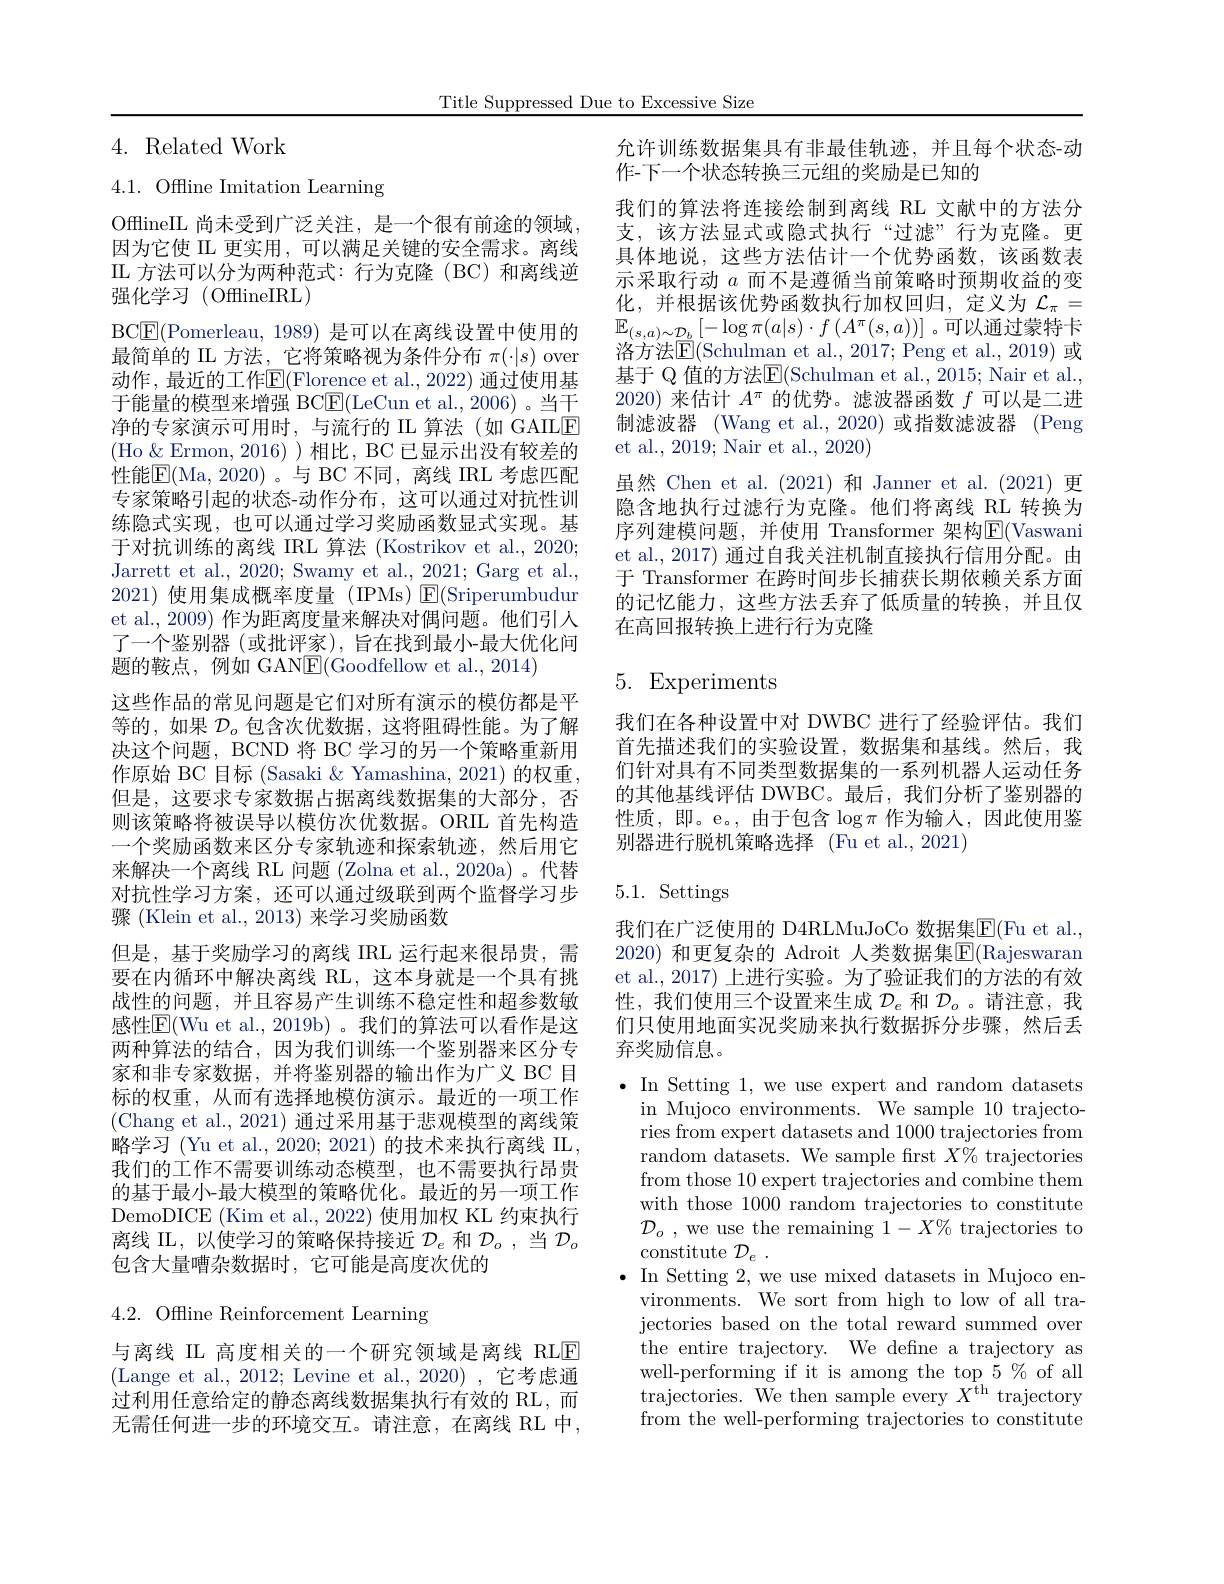
Title Suppressed Due to Excessive Size

4. Related Work

4.1. Offline Imitation Learning

OfflineIL 尚未受到广泛关注，是一个很有前途的领域因为它使 IIL 更实用，可以满足关键的安全需求。离线IL 方法可以分为两种范式：行为克隆(BC)和离线逆强化学习 (OfflineIRL)
BC$\boxed{\mathrm{F}}($Pomerleau, 1989) 是可以在离线设置中使用的最简单的 IL 方法，它将策略视为条件分布$\pi(\cdot|s)$ over 动作，最近的工作$\overline{\mathrm{F}}($Florence et al., 2022) 通过使用基于能量的模型来增强 BC$\underline{\mathrm{F}}($LeCun et al., 2006)。当干净的专家演示可用时，与流行的 IL 算法(如 GAILE (Ho$\&$Ermon,2016))相比，BC已显示出没有较差的性能$\overline{\mathrm{E}}($Ma,2020)。与 BC 不同，离线 IRL 考虑匹配专家策略引起的状态-动作分布，这可以通过对抗性训练隐式实现，也可以通过学习奖励函数显式实现。基于对抗训练的离线 IRL 算法 (Kostrikov et al., 2020; Jarrett et al., 2020; Swamy et al., 2021; Garg et al., 2021)使用集成概率度量 (IPMs)$\operatorname{E}($Sriperumbudur et al., 2009) 作为距离度量来解决对偶问题。他们引人了一个鉴别器 (或批评家), 旨在找到最小-最大优化问题的鞍点，例如 GAN$\underline{\mathrm{E}}($Goodfellow et al.,2014)
这些作品的常见问题是它们对所有演示的模仿都是平等的，如果$\mathcal{D}_o$包含次优数据，这将阻碍性能。为了解决这个问题，BCND 将 BC 学习的另一个策略重新用作原始 BC 目标 (Sasaki & Yamashina, 2021) 的权重， 但是，这要求专家数据占据离线数据集的大部分，否则该策略将被误导以模仿次优数据。ORIL 首先构造一个奖励函数来区分专家轨迹和探索轨迹，然后用它来解决一个离线 RL 问题 (Zolna et al.,2020a)。代替对抗性学习方案，还可以通过级联到两个监督学习步骤 (Klein et al., 2013) 来学习奖励函数
但是，基于奖励学习的离线 IRL 运行起来很昂贵，需要在内循环中解决离线 RL,这本身就是一个具有挑战性的问题，并且容易产生训练不稳定性和超参数敏感性E(Wu et al.,2019b)。我们的算法可以看作是这两种算法的结合，因为我们训练一个鉴别器来区分专家和非专家数据，并将鉴别器的输出作为广义 BC 目标的权重，从而有选择地模仿演示。最近的一项工作(Chang et al., 2021) 通过采用基于悲观模型的离线策略学习 (Yu et al., 2020; 2021) 的技术来执行离线 IL, 我们的工作不需要训练动态模型，也不需要执行昂贵的基于最小-最大模型的策略优化。最近的另一项工作DemoDICE (Kim et al., 2022) 使用加权 KL 约束执行离线 IL, 以使学习的策略保持接近$\mathcal{D}_e$和$\mathcal{D}_o$,当$\mathcal{D}_o$ 包含大量嘈杂数据时，它可能是高度次优的
4.2. Offline Reinforcement Learning

与离线 IL 高度相关的一个研究领域是离线 RLE (Lange et al., 2012; Levine et al., 2020), 它考虑通过利用任意给定的静态离线数据集执行有效的 RL,而无需任何进一步的环境交互。请注意，在离线 RL 中，

允许训练数据集具有非最佳轨迹，并且每个状态-动
作-下一个状态转换三元组的奖励是已知的
我们的算法将连接绘制到离线 RL 文献中的方法分支，该方法显式或隐式执行“过滤”行为克隆。更具体地说，这些方法估计一个优势函数，该函数表示采取行动$a$而不是遵循当前策略时预期收益的变化，并根据该优势函数执行加权回归，定义为$\mathcal{L}_\pi=$ $\mathbb{E}_{(s,a)\sim\mathcal{D}_{b}}\left[-\log\pi(a|s)\cdot f\left(A^{\pi}(s,a)\right)\right]$。可以通过蒙特卡洛方法$\mathsf{E}($Schulman et al., 2017; Peng et al., 2019) 或基于 Q 值的方法E(Schulman et al., 2015; Nair et al., 2020) 来估计$A^\pi$的优势。滤波器函数$f$可以是二进制滤波器 (Wang et al.,2020)或指数滤波器 (Peng et al., 2019; Nair et al., 2020)
虽然 Chen et al.(2021)和 Janner et al.(2021)更隐含地执行过滤行为克隆。他们将离线 RL 转换为序列建模问题，并使用 Transformer 架构E(Vaswani et al., 2017) 通过自我关注机制直接执行信用分配。由于 Transformer 在跨时间步长捕获长期依赖关系方面的记忆能力，这些方法丢弃了低质量的转换，并且仅在高回报转换上进行行为克隆

# 5. Experiments

我们在各种设置中对 DWBC 进行了经验评估。我们首先描述我们的实验设置，数据集和基线。然后，我们针对具有不同类型数据集的一系列机器人运动任务的其他基线评估 DWBC。最后，我们分析了鉴别器的性质，即。e。,由于包含$\log\pi$作为输入，因此使用鉴别器进行脱机策略选择 (Fu et al., 2021)

# 5.1. Settings

我们在广泛使用的 D4RLMuJoCo 数据集$\mathbb{E}($Fu et al., 2020) 和更复杂的 Adroit 人类数据集$\overline{\mathbb{E}}($Rajeswaran et al., 2017) 上进行实验。为了验证我们的方法的有效性，我们使用三个设置来生成$\mathcal{D}_e$和$\mathcal{D}_o$ 。请注意，我们只使用地面实况奖励来执行数据拆分步骤，然后丢弃奖励信息。

$\bullet$ In Setting 1, we use expert and random datasets
in Mujoco environments. We sample 10 trajectories from expert datasets and 1000 trajectories from random datasets. We sample first $X\%$ trajectories from those 10 expert trajectories and combine them with those 1000 random trajectories to constitute $\mathcal{D} _o$ , we use the remaining $1-X\%$ trajectories to constitute $\mathcal{D} _e$ .
$\bullet$ In Setting 2, we use mixed datasets in Mujoco en-
vironments. We sort from high to low of all trajectories based on the total reward summed over the entire trajectory. We define a trajectory as well-performing if it is among the top 5 % of all ${\mathrm{trajectories.~We~then~sample~every~}}{\tilde{X^{th}}}$trajectory from the well-performing trajectories to constitute